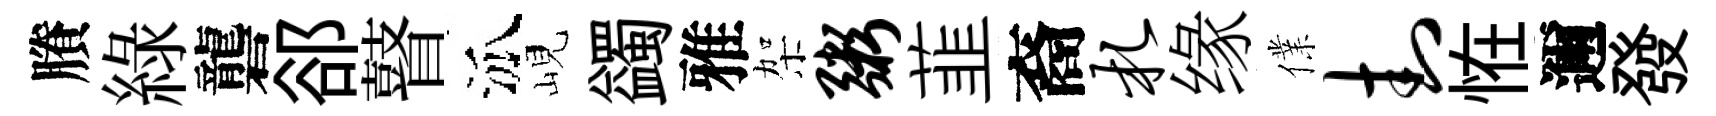
賸綠礱郤瞽泒峴蠲雅架粥韮裔札缘㒒封恠邇發